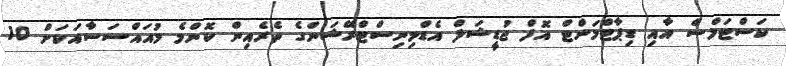
ކަސްޓަމްސް އާއި ޑިޕާޓްމަންޓް އޮފް ޖުޑީޝަލް އެޑްމިނިސްޓްރޭޝަންގެ ތެރެއިން ކޮންމެ މުއައްސަސާއަކަށް 10